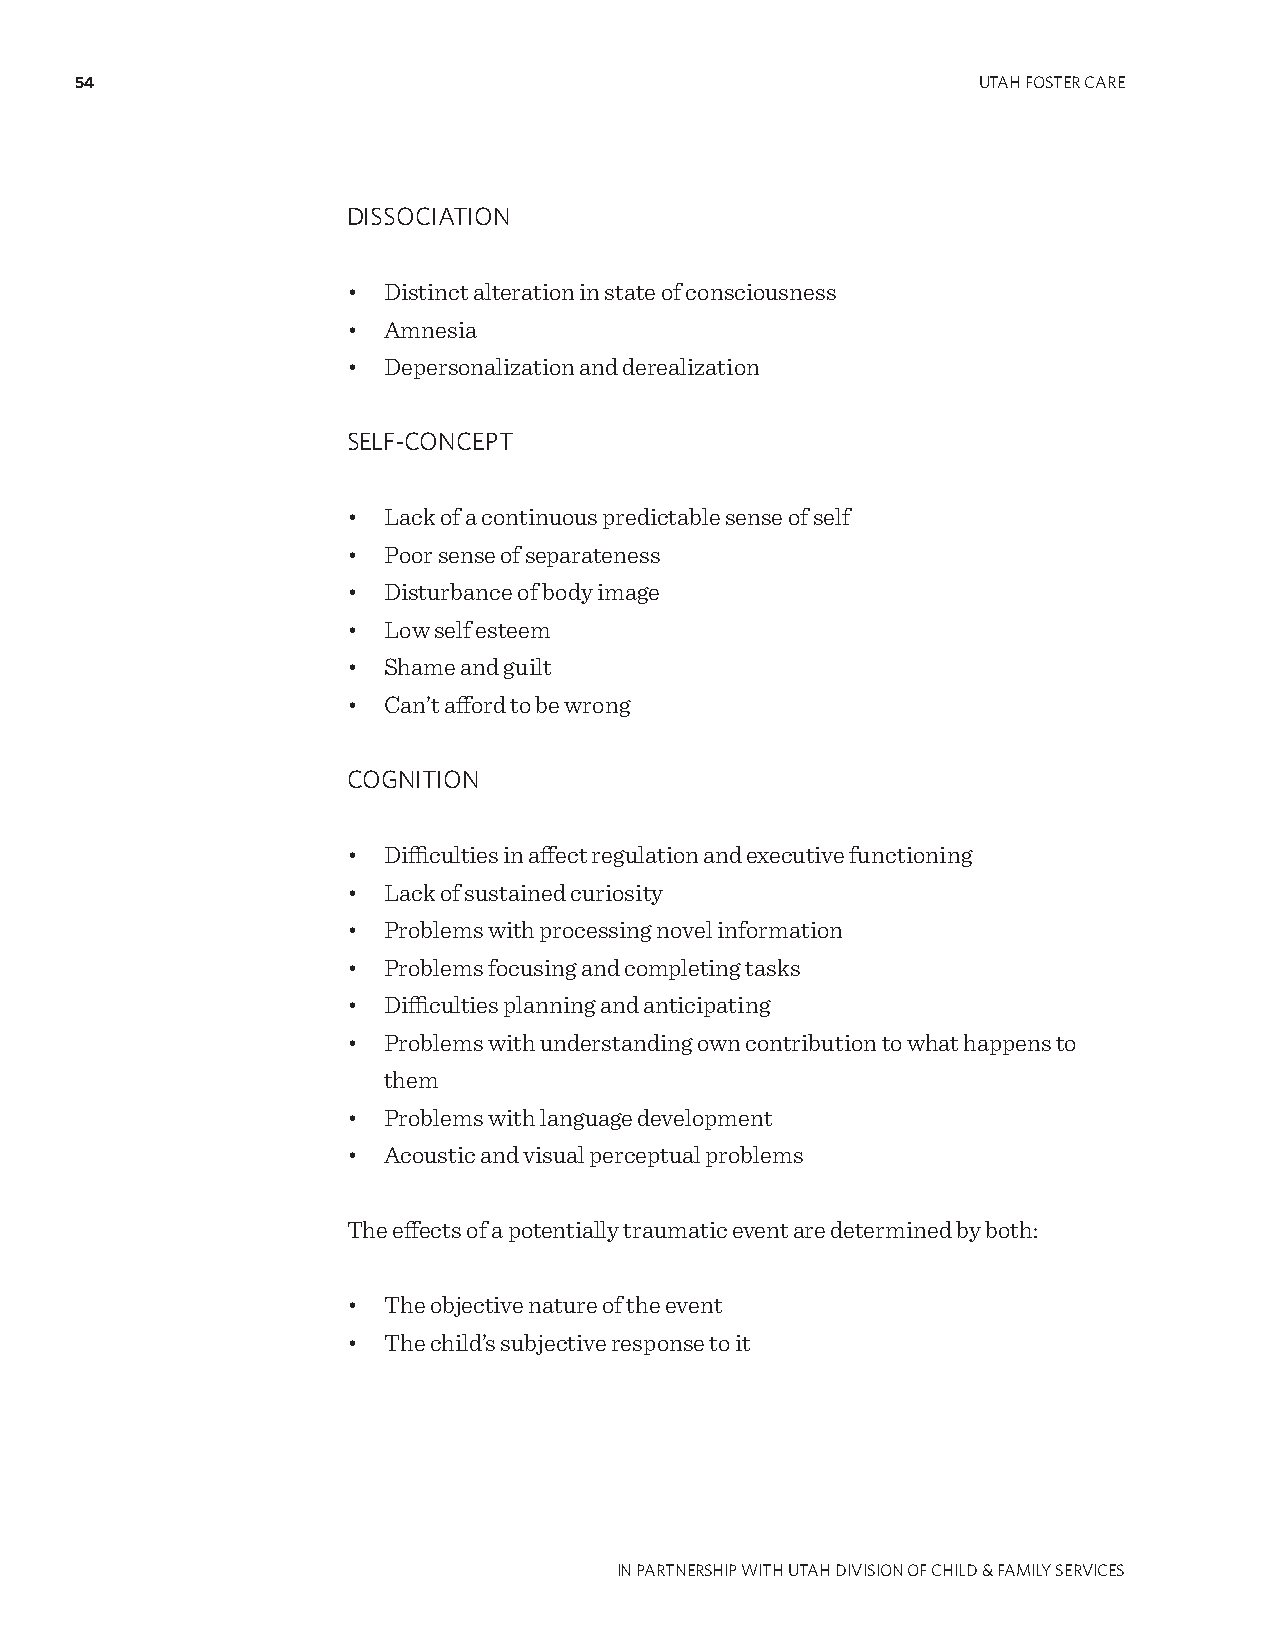
54                                                          UTAH FOSTER CARE
 DISSOCIATION
 • Distinct alteration in state of consciousness
 • Amnesia
 • Depersonalization and derealization
 SELF-CONCEPT
 • Lack of a continuous predictable sense of self
 • Poor sense of separateness
 • Disturbance of body image
 • Low self esteem
 • Shame and guilt
 • Can’t afford to be wrong
 COgNITION
 • Difficulties in affect regulation and executive functioning
 • Lack of sustained curiosity
 • Problems with processing novel information
 • Problems focusing and completing tasks
 • Difficulties planning and anticipating
 • Problems with understanding own contribution to what happens to
 them
 • Problems with language development
 • Acoustic and visual perceptual problems
 The effects of a potentially traumatic event are determined by both:
 • The objective nature of the event
 • The child’s subjective response to it
 IN PARTNERSHIP WITH UTAH DIVISION OF CHILD & FAMILY SERVICES